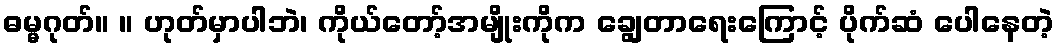
ဓမ္မဂုတ်။ ။ ဟုတ်မှာပါဘဲ၊ ကိုယ်တော့်အမျိုးကိုက ချွေတာရေးကြောင့် ပိုက်ဆံ ပေါနေတဲ့